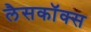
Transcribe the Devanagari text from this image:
लैसकॉक्स